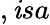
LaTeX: ,\mathit{i}sa